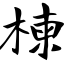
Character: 楝